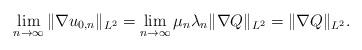
LaTeX: \begin{align*}\lim_{n\rightarrow \infty} \|\nabla u_{0,n}\|_{L^2} = \lim_{n\rightarrow \infty} \mu_n \lambda_n \|\nabla Q\|_{L^2} = \|\nabla Q\|_{L^2}.\end{align*}